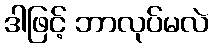
ဒါဖြင့် ဘာလုပ်မလဲ